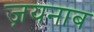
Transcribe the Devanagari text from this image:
ज़यनाब